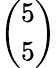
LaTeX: \binom{5}{5}